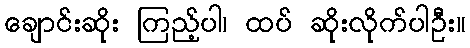
ချောင်းဆိုး ကြည့်ပါ၊ ထပ် ဆိုးလိုက်ပါဦး။